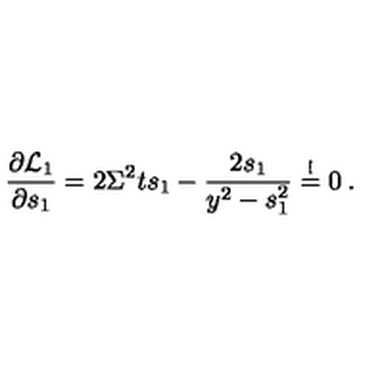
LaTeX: \frac { \partial { \cal L } _ { 1 } } { \partial s _ { 1 } } = 2 \Sigma ^ { 2 } t s _ { 1 } - \frac { 2 s _ { 1 } } { y ^ { 2 } - s _ { 1 } ^ { 2 } } \stackrel { ! } { = } 0 \: .